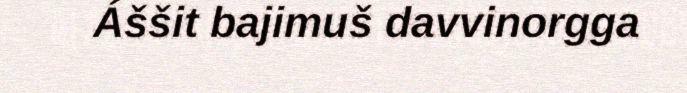
Áššit bajimuš davvinorgga